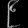
Digit: ၉